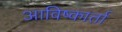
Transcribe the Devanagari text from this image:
आविष्कार्ता